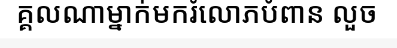
គ្គលណាម្នាក់មករំលោភបំពាន លួច